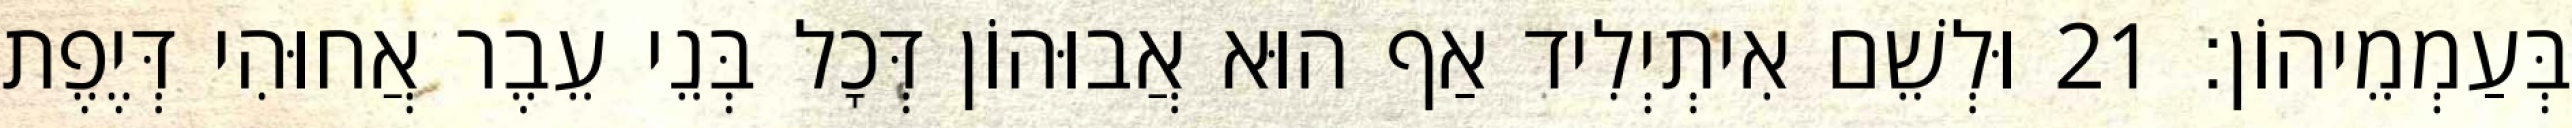
בְּעַמְמֵיהוֹן׃ 21 וּלְשֵׁם אִיתְיְלִיד אַף הוּא אֲבוּהוֹן דְּכָל בְּנֵי עֵבֶר אֲחוּהִי דְּיֶפֶת